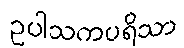
ဥပါသကပရိသာ